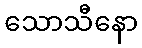
သောသီနော